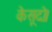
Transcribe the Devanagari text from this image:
केसूदो।